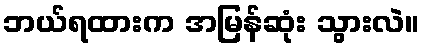
ဘယ်ရထားက အမြန်ဆုံး သွားလဲ။